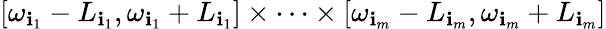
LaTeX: [\omega_{\mathbf{i}_{1}}-L_{\mathbf{i}_{1}},\omega_{\mathbf{i}_{1}}+L_{\mathbf{i}_{1}}]\times\cdots\times[\omega_{\mathbf{i}_{m}}-L_{\mathbf{i}_{m}},\omega_{\mathbf{i}_{m}}+L_{\mathbf{i}_{m}}]